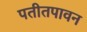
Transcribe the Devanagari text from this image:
पतीतपावन